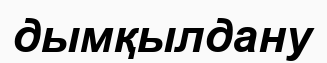
дымқылдану